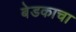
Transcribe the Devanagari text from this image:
बेडकाचा